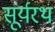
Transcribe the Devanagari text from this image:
सूर्यरथ